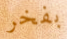
بفخر